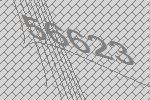
56623